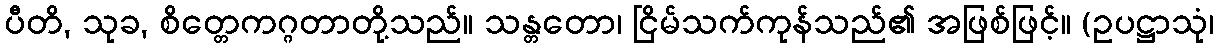
ပီတိ, သုခ, စိတ္တေကဂ္ဂတာတို့သည်။ သန္တတော၊ ငြိမ်သက်ကုန်သည်၏ အဖြစ်ဖြင့်။ (ဥပဋ္ဌာသုံ၊